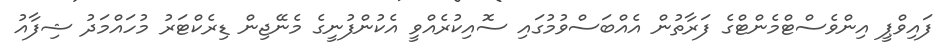
ފައިވްޕީ އިންވެސްޓްމެންޓްގެ ފަރާތުން އެއްބަސްވުމުގައި ސޮއިކުރެއްވީ އެކުންފުނީގެ މެނޭޖިން ޑިރެކްޓަރު މުހައްމަދު ޝިފާއު